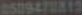
0509478815